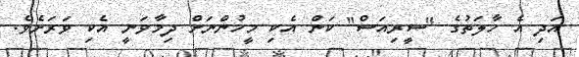
އަދި އެ ހާލަތުގެ "ސީރިއަސް" ކަން އެކި މީހުންނަށް ދިމާވަނީ އެކި ވަރަށެވެ.